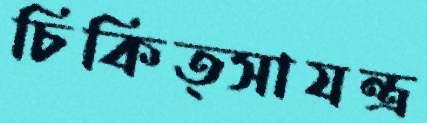
চিকিত্সাযন্ত্র